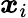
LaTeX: \boldsymbol{x}_{i}